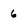
Character: 6